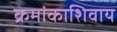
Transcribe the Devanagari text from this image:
क्रमांकाशिवाय